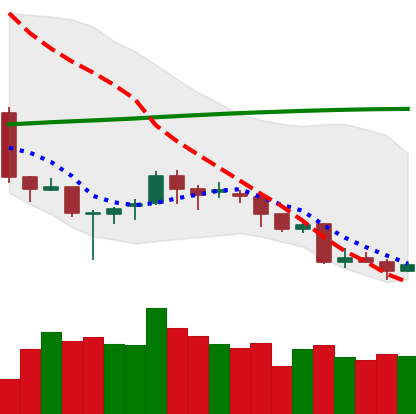
Ticker: LINK-USD
Chart end date: 2018-04-02
Forward return: 11.122%
Label: up_7plus